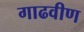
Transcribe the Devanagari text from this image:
गाढवीण